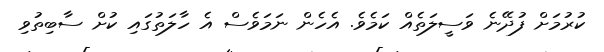
ކުރުމަށް ފުދޭނެ ވަސީލަތެއް ކަމެވެ. އެހެން ނަމަވެސް އެ ހާލަތުގައި ކުށް ސާބިތުވި